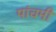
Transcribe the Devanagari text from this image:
पांचमी